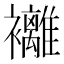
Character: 䙰